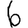
Digit: 6